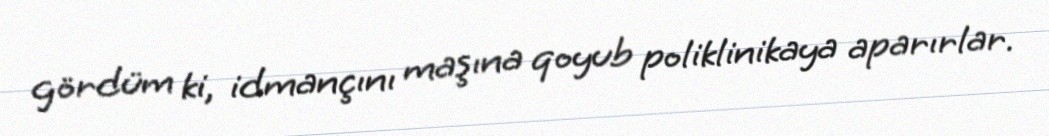
gördüm ki, idmançını maşına qoyub poliklinikaya aparırlar.